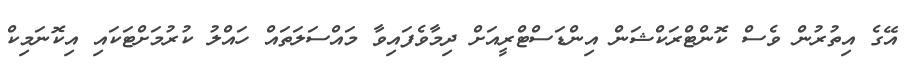
އޭގެ އިތުރުން ވެސް ކޮންޓްރަކްޝަން އިންޑަސްޓްރީއަށް ދިމާވެފައިވާ މައްސަލަތައް ހައްލު ކުރުމަށްޓަކައި އިކޮނަމިކް